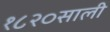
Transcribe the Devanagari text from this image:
१८२०साली